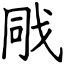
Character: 戙